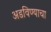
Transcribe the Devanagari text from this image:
अडविण्याचा